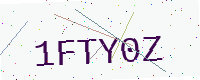
Text: 1FTY0Z